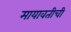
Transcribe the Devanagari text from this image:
मायावतीची